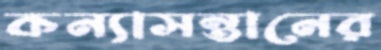
কন্যাসন্তানের